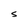
Character: S